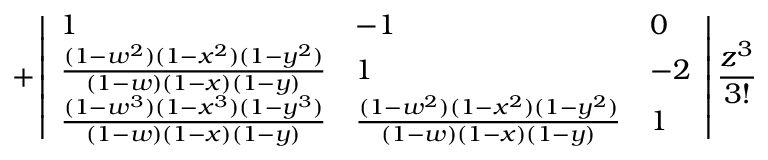
+ \left| \begin{array} { l l l } { 1 } & { - 1 } & { 0 } \\ { \frac { ( 1 - w ^ { 2 } ) ( 1 - x ^ { 2 } ) ( 1 - y ^ { 2 } ) } { ( 1 - w ) ( 1 - x ) ( 1 - y ) } } & { 1 } & { - 2 } \\ { \frac { ( 1 - w ^ { 3 } ) ( 1 - x ^ { 3 } ) ( 1 - y ^ { 3 } ) } { ( 1 - w ) ( 1 - x ) ( 1 - y ) } } & { \frac { ( 1 - w ^ { 2 } ) ( 1 - x ^ { 2 } ) ( 1 - y ^ { 2 } ) } { ( 1 - w ) ( 1 - x ) ( 1 - y ) } } & { 1 } \end{array} \right| \frac { z ^ { 3 } } { 3 ! }